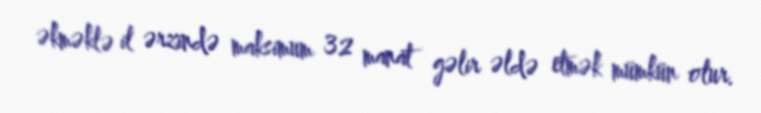
əkməklə il ərzində maksimum 32 manat gəlir əldə etmək mümkün olur.